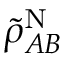
\tilde { \rho } _ { A B } ^ { \mathrm { N } }